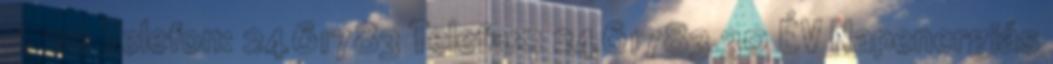
u. 20 Telefon: 2461783 Telefax: 2461783 30 ÉV Napenergiás